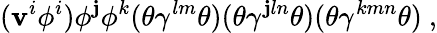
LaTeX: (\mathbf{v}^{i}\phi^{i})\phi^{\mathbf{j}}\phi^{k}(\theta\gamma^{lm}\theta)(\theta\gamma^{\mathbf{j}ln}\theta)(\theta\gamma^{kmn}\theta)~,